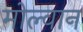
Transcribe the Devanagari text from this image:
मोल्वान